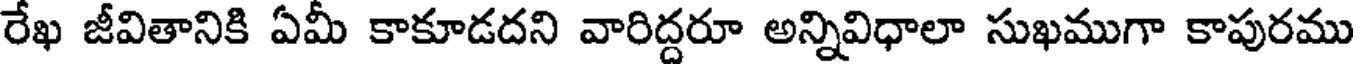
రేఖ జీవితానికి ఏమీ కాకూడదని వారిద్దరూ అన్నివిధాలా సుఖముగా కాపురము